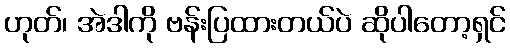
ဟုတ်၊ အဲဒါကို ဗန်းပြထားတယ်ပဲ ဆိုပါတော့ရှင်